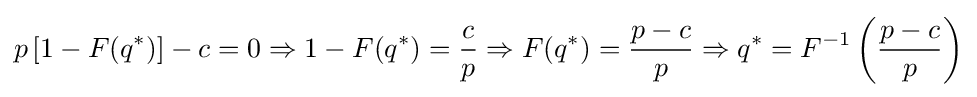
p\left[1-F(q^{*})\right]-c=0\Rightarrow 1-F(q^{*})={\frac {c}{p}}\Rightarrow F(q^{*})={\frac {p-c}{p}}\Rightarrow q^{*}=F^{-1}\left({\frac {p-c}{p}}\right)